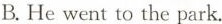
B.He went to the park.